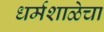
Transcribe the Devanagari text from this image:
धर्मशाळेचा